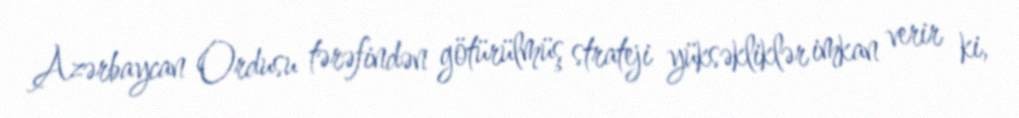
Azərbaycan Ordusu tərəfindən götürülmüş strateji yüksəkliklər imkan verir ki,